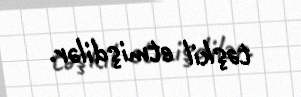
təşkil etmişdilər.